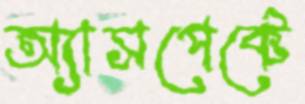
অ্যাসপেক্টে